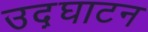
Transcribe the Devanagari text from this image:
उद़घाटन